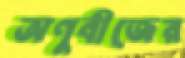
অণুবীজের